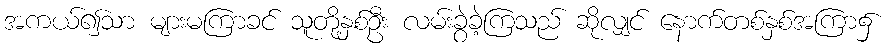
အကယ်၍သာ များမကြာခင် သူတို့နှစ်ဦး လမ်းခွဲခဲ့ကြသည် ဆိုလျှင် နောက်တစ်နှစ်အကြာ၌